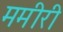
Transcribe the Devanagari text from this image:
ममीरी